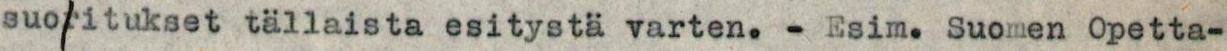
suoritukset tällaista esitystä varten. - Esim. Suomen Opetta-